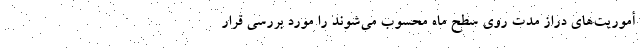
أموریت‌های دراز مدت روی سطح ماه محسوب می‌شوند را مورد بررسی قرار